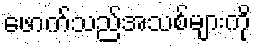
ဖောက်သည်အသစ်များကို